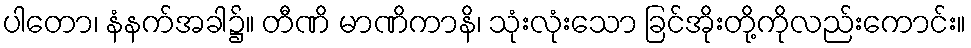
ပါတော၊ နံနက်အခါ၌။ တီဏိ မာဏိကာနိ၊ သုံးလုံးသော ခြင်အိုးတို့ကိုလည်းကောင်း။